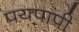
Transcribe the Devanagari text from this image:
पयपापी